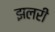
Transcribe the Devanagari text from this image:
झलरी